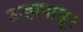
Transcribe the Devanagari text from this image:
उन्हापासून